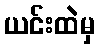
ယင်းထဲမှ